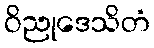
ဝိညုဒေသိတံ